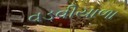
વડવીયાળા